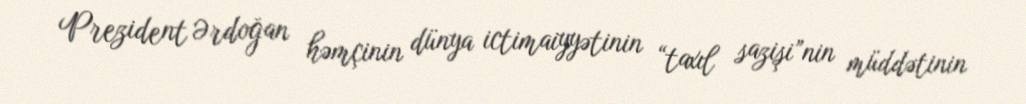
Prezident Ərdoğan həmçinin dünya ictimaiyyətinin “taxıl sazişi”nin müddətinin